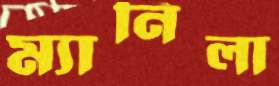
ম্যানিলা